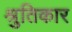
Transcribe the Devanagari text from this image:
श्रुतिकार